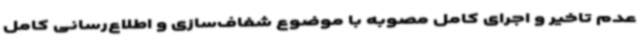
عدم تاخیر و اجرای کامل مصوبه با موضوع شفاف‌سازی و اطلاع‌رسانی کامل